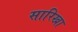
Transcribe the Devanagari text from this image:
सारिखा